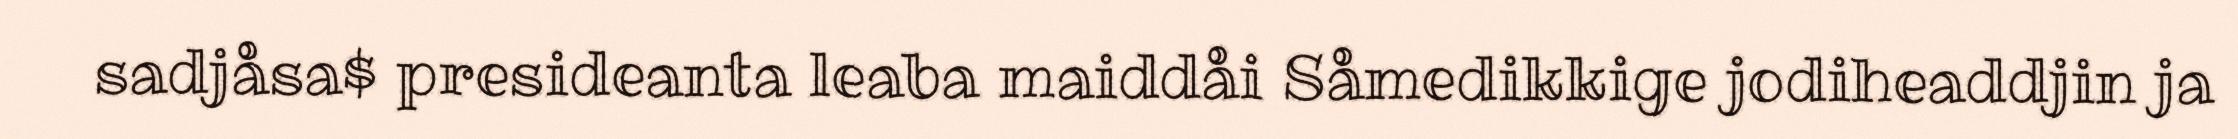
sadjåsa$ presideanta leaba maiddåi Såmedikkige jodiheaddjin ja